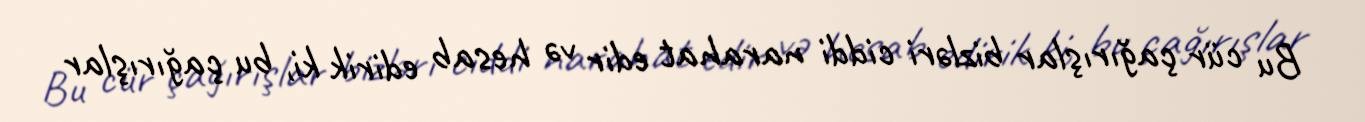
Bu cür çağırışlar bizləri ciddi narahat edir və hesab edirik ki, bu çağırışlar